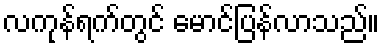
လကုန်ရက်တွင် မောင်ပြန်လာသည်။